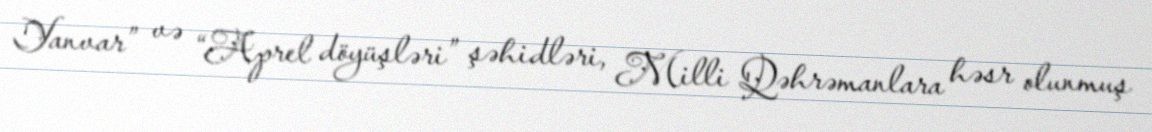
Yanvar” və “Aprel döyüşləri” şəhidləri, Milli Qəhrəmanlara həsr olunmuş